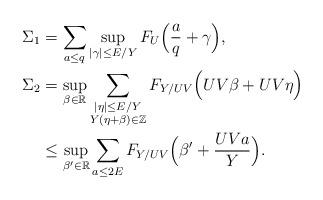
LaTeX: \begin{align*}\Sigma_1&=\sum_{a\le q}\sup_{|\gamma|\le E/Y}F_{U}\Bigl(\frac{a}{q}+\gamma\Bigr),\\\Sigma_2&=\sup_{\beta\in\mathbb{R}}\sum_{\substack{|\eta|\le E/Y\\ Y(\eta+\beta)\in\mathbb{Z}}}F_{Y/UV}\Bigl(U V\beta+UV\eta\Bigr)\\&\le \sup_{\beta'\in\mathbb{R}}\sum_{a\le 2E}F_{Y/UV}\Bigl(\beta'+\frac{U V a}{Y}\Bigr).\end{align*}